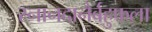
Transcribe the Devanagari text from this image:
स्नानदानैर्बहुफला